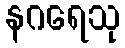
နဂရေသု